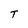
Character: T